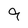
Character: 9